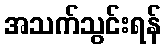
အသက်သွင်းရန်